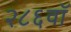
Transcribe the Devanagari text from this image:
२८६वॉ